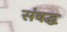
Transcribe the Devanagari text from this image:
संवद्ध